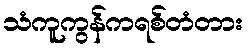
သံကူကွန်ကရစ်တံတား